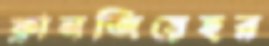
ফ্রানজিয়েহর